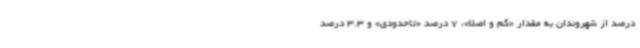
درصد از شهروندان به مقدار «کم و اصلا»، 7 درصد «تاحدودی» و 3.3 درصد